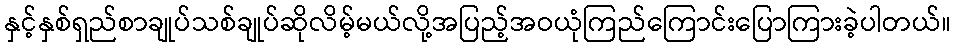
နှင့်နှစ်ရှည်စာချုပ်သစ်ချုပ်ဆိုလိမ့်မယ်လို့အပြည့်အဝယုံကြည်ကြောင်းပြောကြားခဲ့ပါတယ်။